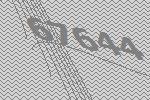
67644